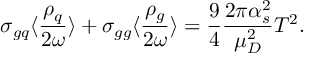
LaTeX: \sigma _ { g q } \langle \frac { \rho _ { q } } { 2 \omega } \rangle + \sigma _ { g g } \langle \frac { \rho _ { g } } { 2 \omega } \rangle = \frac { 9 } { 4 } \frac { 2 \pi \alpha _ { s } ^ { 2 } } { \mu _ { D } ^ { 2 } } T ^ { 2 } .